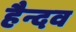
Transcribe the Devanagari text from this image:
हैन्दव